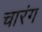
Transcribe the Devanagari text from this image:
चारंग